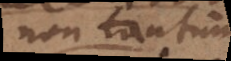
non tantum